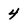
Character: 4